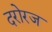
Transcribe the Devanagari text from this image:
दरोरज